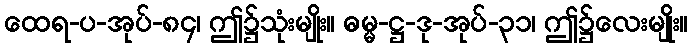
ထေရ-ပ-အုပ်-၈၄၊ ဤ၌သုံးမျိုး။ ဓမ္မ-ဋ္ဌ-ဒု-အုပ်-၃၁၊ ဤ၌လေးမျိုး။